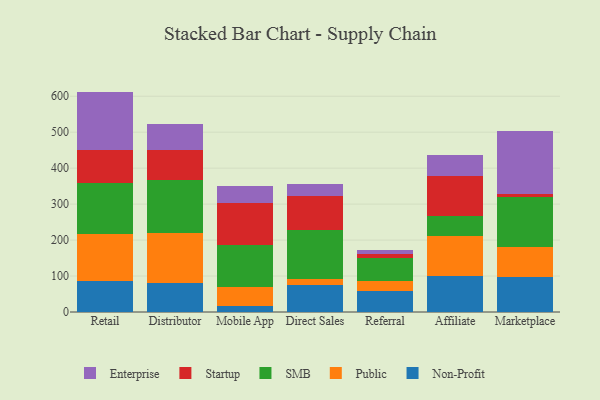
{"axis": {"x": "Channel", "y": "Temperature (°C)"}, "legend": ["Enterprise", "Non-Profit", "Public", "SMB", "Startup"], "data": [{"x": "Retail", "y": 85.9, "type": "Non-Profit"}, {"x": "Retail", "y": 131.4, "type": "Public"}, {"x": "Retail", "y": 140.6, "type": "SMB"}, {"x": "Retail", "y": 93.0, "type": "Startup"}, {"x": "Retail", "y": 162.0, "type": "Enterprise"}, {"x": "Distributor", "y": 81.8, "type": "Non-Profit"}, {"x": "Distributor", "y": 136.6, "type": "Public"}, {"x": "Distributor", "y": 148.5, "type": "SMB"}, {"x": "Distributor", "y": 82.5, "type": "Startup"}, {"x": "Distributor", "y": 72.8, "type": "Enterprise"}, {"x": "Mobile App", "y": 17.2, "type": "Non-Profit"}, {"x": "Mobile App", "y": 51.9, "type": "Public"}, {"x": "Mobile App", "y": 117.9, "type": "SMB"}, {"x": "Mobile App", "y": 115.0, "type": "Startup"}, {"x": "Mobile App", "y": 47.1, "type": "Enterprise"}, {"x": "Direct Sales", "y": 74.8, "type": "Non-Profit"}, {"x": "Direct Sales", "y": 16.9, "type": "Public"}, {"x": "Direct Sales", "y": 137.6, "type": "SMB"}, {"x": "Direct Sales", "y": 93.7, "type": "Startup"}, {"x": "Direct Sales", "y": 33.0, "type": "Enterprise"}, {"x": "Referral", "y": 58.1, "type": "Non-Profit"}, {"x": "Referral", "y": 26.9, "type": "Public"}, {"x": "Referral", "y": 66.4, "type": "SMB"}, {"x": "Referral", "y": 9.4, "type": "Startup"}, {"x": "Referral", "y": 10.9, "type": "Enterprise"}, {"x": "Affiliate", "y": 101.1, "type": "Non-Profit"}, {"x": "Affiliate", "y": 110.3, "type": "Public"}, {"x": "Affiliate", "y": 55.1, "type": "SMB"}, {"x": "Affiliate", "y": 112.3, "type": "Startup"}, {"x": "Affiliate", "y": 58.9, "type": "Enterprise"}, {"x": "Marketplace", "y": 97.9, "type": "Non-Profit"}, {"x": "Marketplace", "y": 82.5, "type": "Public"}, {"x": "Marketplace", "y": 138.2, "type": "SMB"}, {"x": "Marketplace", "y": 9.6, "type": "Startup"}, {"x": "Marketplace", "y": 174.9, "type": "Enterprise"}]}